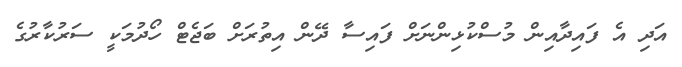
އަދި އެ ފައިދާއިން މުސްކުޅިންނަށް ފައިސާ ދޭން އިތުރަށް ބަޖެޓް ހޯދުމަކީ ސަރުކާރުގެ